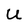
Character: U